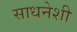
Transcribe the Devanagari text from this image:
साधनेशी